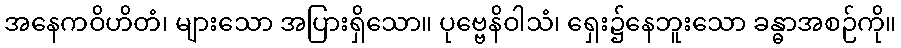
အနေကဝိဟိတံ၊ များသော အပြားရှိသော။ ပုဗ္ဗေနိဝါသံ၊ ရှေး၌နေဘူးသော ခန္ဓာအစဉ်ကို။